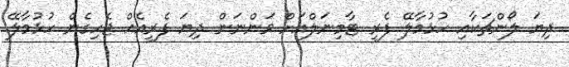
ދިޔަ ލޯންޗަކާއި ހުޅުމާލޭ ފެރީ ޓާމިނަލްއަށް ވަންނަން ދިޔަ ފެރީއެއް ޖެހިގެން ހުޅުމާލޭ